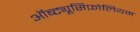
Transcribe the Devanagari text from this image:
ऑब्ट्यूसिफ़ोलियम